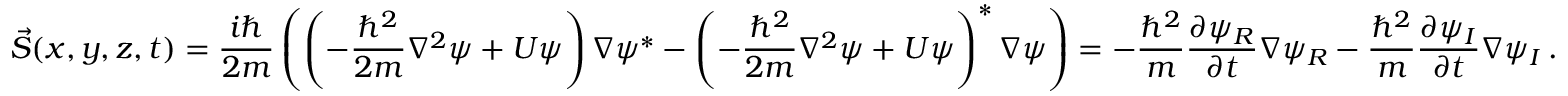
\vec { S } ( x , y , z , t ) = \frac { i \hbar } { 2 m } \left( \left( - \frac { \hbar ^ { 2 } } { 2 m } \nabla ^ { 2 } \psi + U \psi \right) \nabla \psi ^ { * } - \left( - \frac { \hbar ^ { 2 } } { 2 m } \nabla ^ { 2 } \psi + U \psi \right) ^ { * } \nabla \psi \right) = - \frac { \hbar ^ { 2 } } { m } \frac { \partial \psi _ { R } } { \partial t } \nabla \psi _ { R } - \frac { \hbar ^ { 2 } } { m } \frac { \partial \psi _ { I } } { \partial t } \nabla \psi _ { I } \, .